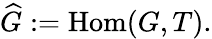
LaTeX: {\widehat{G}}:=\operatorname{Hom}(G,T).